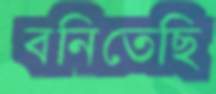
বনিতেছি